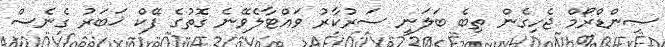
ސިންޑްރޯމް ޖެހިގެން ތިބެ ބަލަނީ ސަރުކާރު ވައްޓާލެވޭނެ ގޮތުގެ ފޭކް ޚަބަރު ގެނެސް